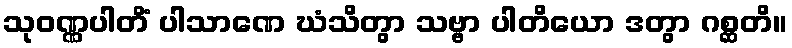
သုဝဏ္ဏပါတိံ ပါသာဏေ ဃံသိတွာ သဗ္ဗာ ပါတိယော ဒတွာ ဂစ္ဆတိ။